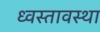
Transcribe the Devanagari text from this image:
ध्वस्तावस्था